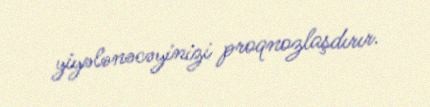
yiyələnəcəyinizi proqnozlaşdırır.